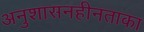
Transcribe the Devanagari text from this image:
अनुशासनहीनताका